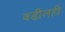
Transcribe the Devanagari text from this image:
वडीलही